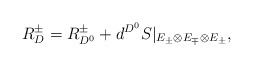
\begin{align*} R_{D}^\pm = R_{D^0}^\pm + d^{D^0}S|_{E_\pm \otimes E_{\mp}\otimes E_\pm},\end{align*}